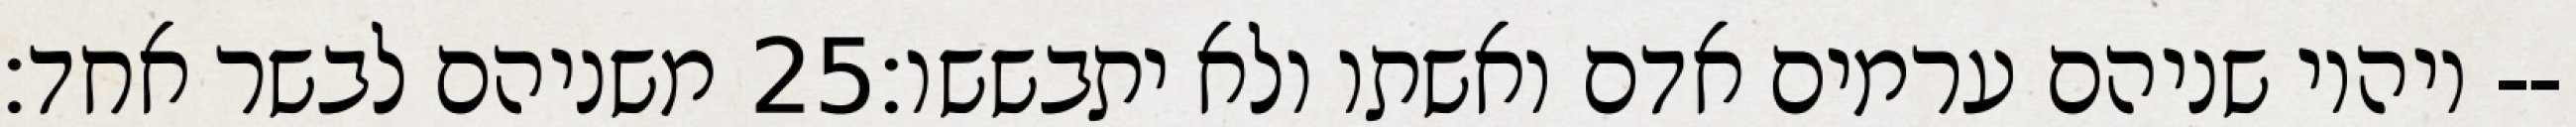
משניהם לבשר אחד׃ ‎25‏ ויהיו שניהם ערמים אדם ואשתו ולא יתבששו׃--